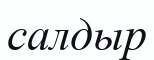
салдыр